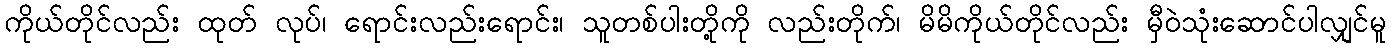
ကိုယ်တိုင်လည်း ထုတ် လုပ်၊ ရောင်းလည်းရောင်း၊ သူတစ်ပါးတို့ကို လည်းတိုက်၊ မိမိကိုယ်တိုင်လည်း မှီဝဲသုံးဆောင်ပါလျှင်မူ